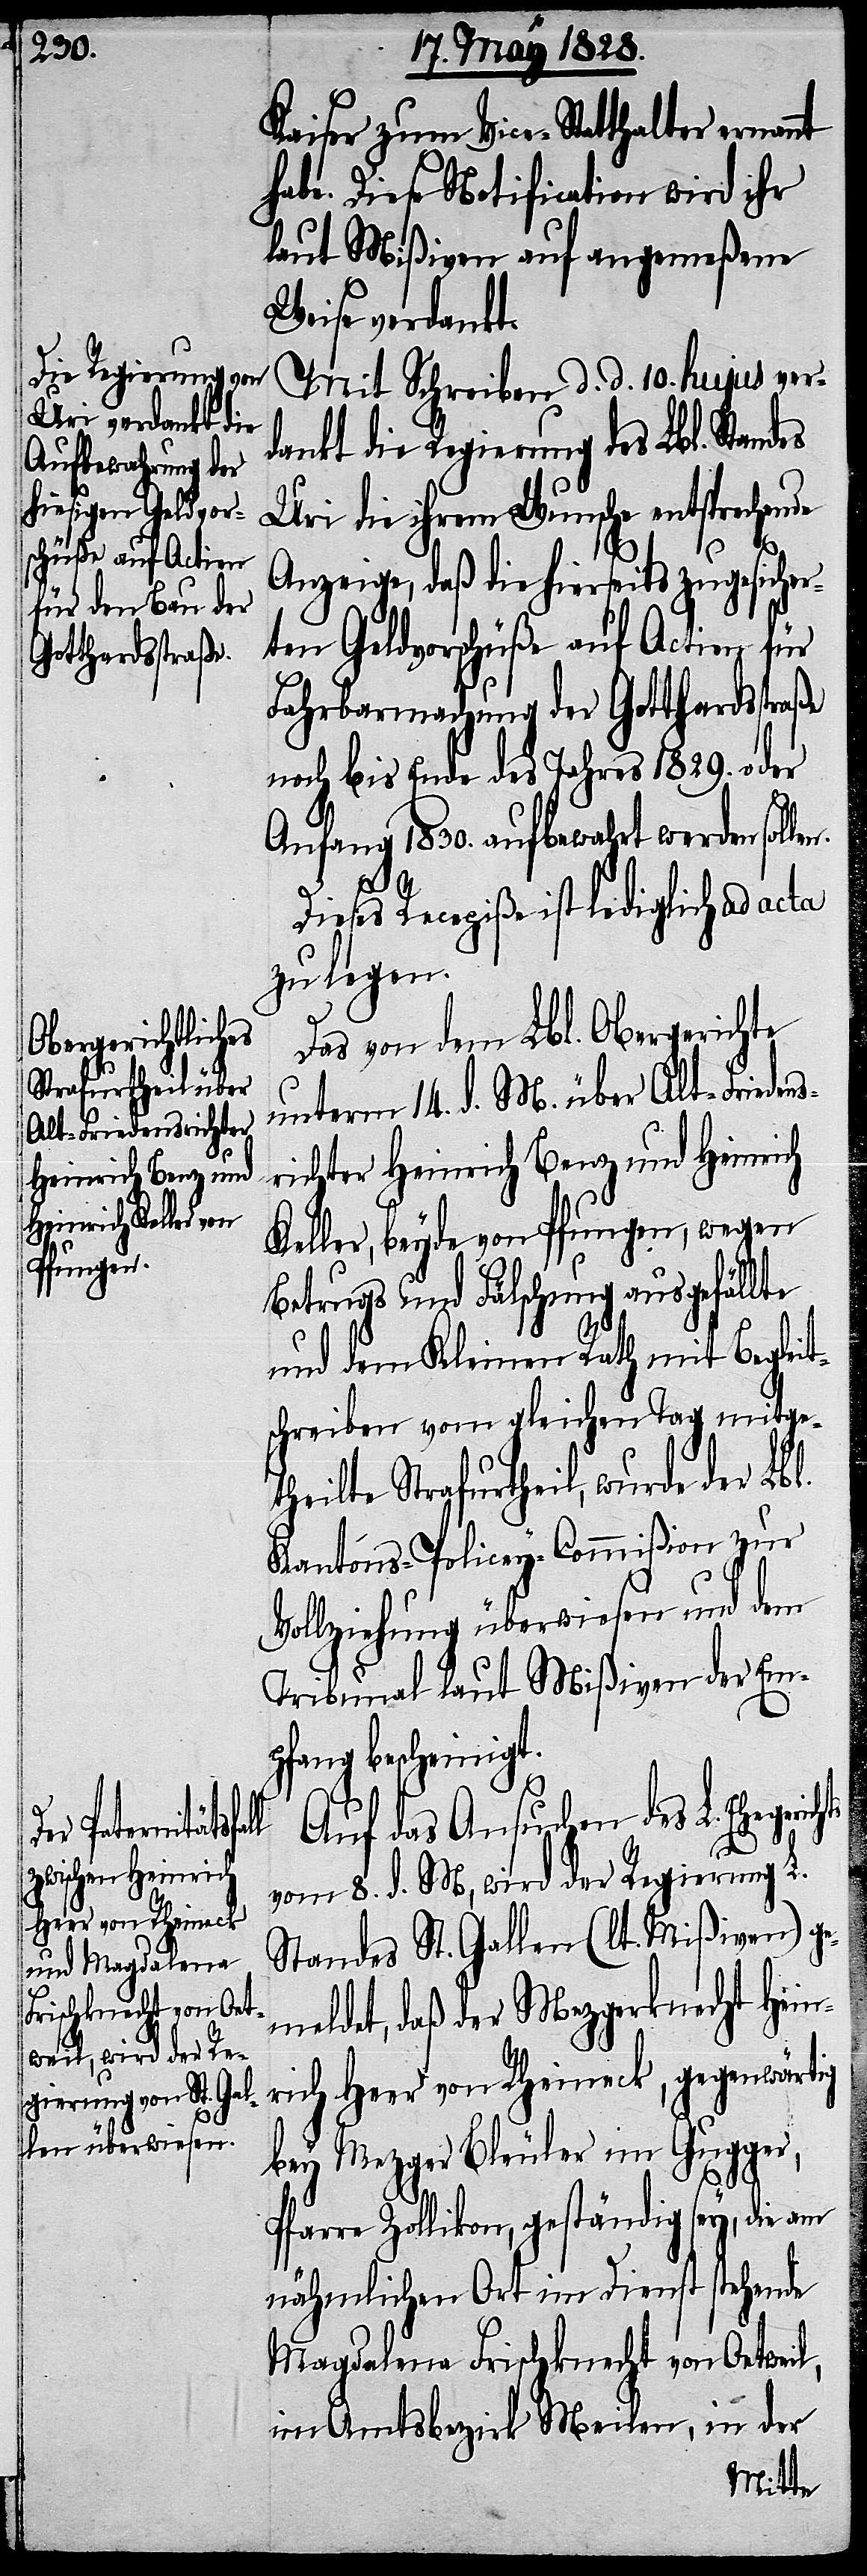
erichts

Kaiser zum Vice-Statthalter ernan¬
habe. Diese Notification wird ihr
laut Mißiven auf angemeßene
Weise verdankt.
Mit Schreiben d. d. 10. hujus ver¬
dankt die Regierung des Lbl. Standes
Uri die ihrem Wunsche entsprechende
len.
Anzeige, daß die hierseits zugesicher¬
ten Geldvorschüße auf Actien für
Fahrbarmachung der Gotthardsstraße
noch bis Ende des Jahres 1829. oder
Anfang 1830. aufbewahrt werden sol¬
Dieses Recepiße ist lediglich ad acta
zu legen.
Das von dem Lbl. Obergerichte
unterm, 14. d. M. über Alt-Friedens¬
richter Heinrich Benz und Heinrich
Keller, beyde von Pfungen, wegen
Betrugs und Fälschung ausgefällte
und dem Kleinen Rath mit Begleit¬
schreiben vom gleichen Tag mitge¬
theilte Strafurtheil, wurde der Lbl.
Kantons-Policey-Commißion zur
Vollziehung überwiesen und dem
Tribunal laut Mißiven der Em¬
pfang bescheinigt.
Auf das Ansuchen des L. Eheg¬
vom 8. d. M, wird der Regierung L.
Standes St. Gallen (lt. Mißiven) ge¬
meldet, daß der Mezgerknecht Hein¬
rich Heer von Rheineck, gegenwärtig
bey Mezger Bleuler im Gugger,
Pfarre Zollikon, geständig sey, die am
nähmlichen Ort im Dienst stehende
Magdalena Frischknecht von Oetweil,
im Amtsbezirk Meilen, in der